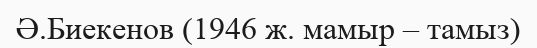
Ә.Биекенов (1946 ж. мамыр – тамыз)